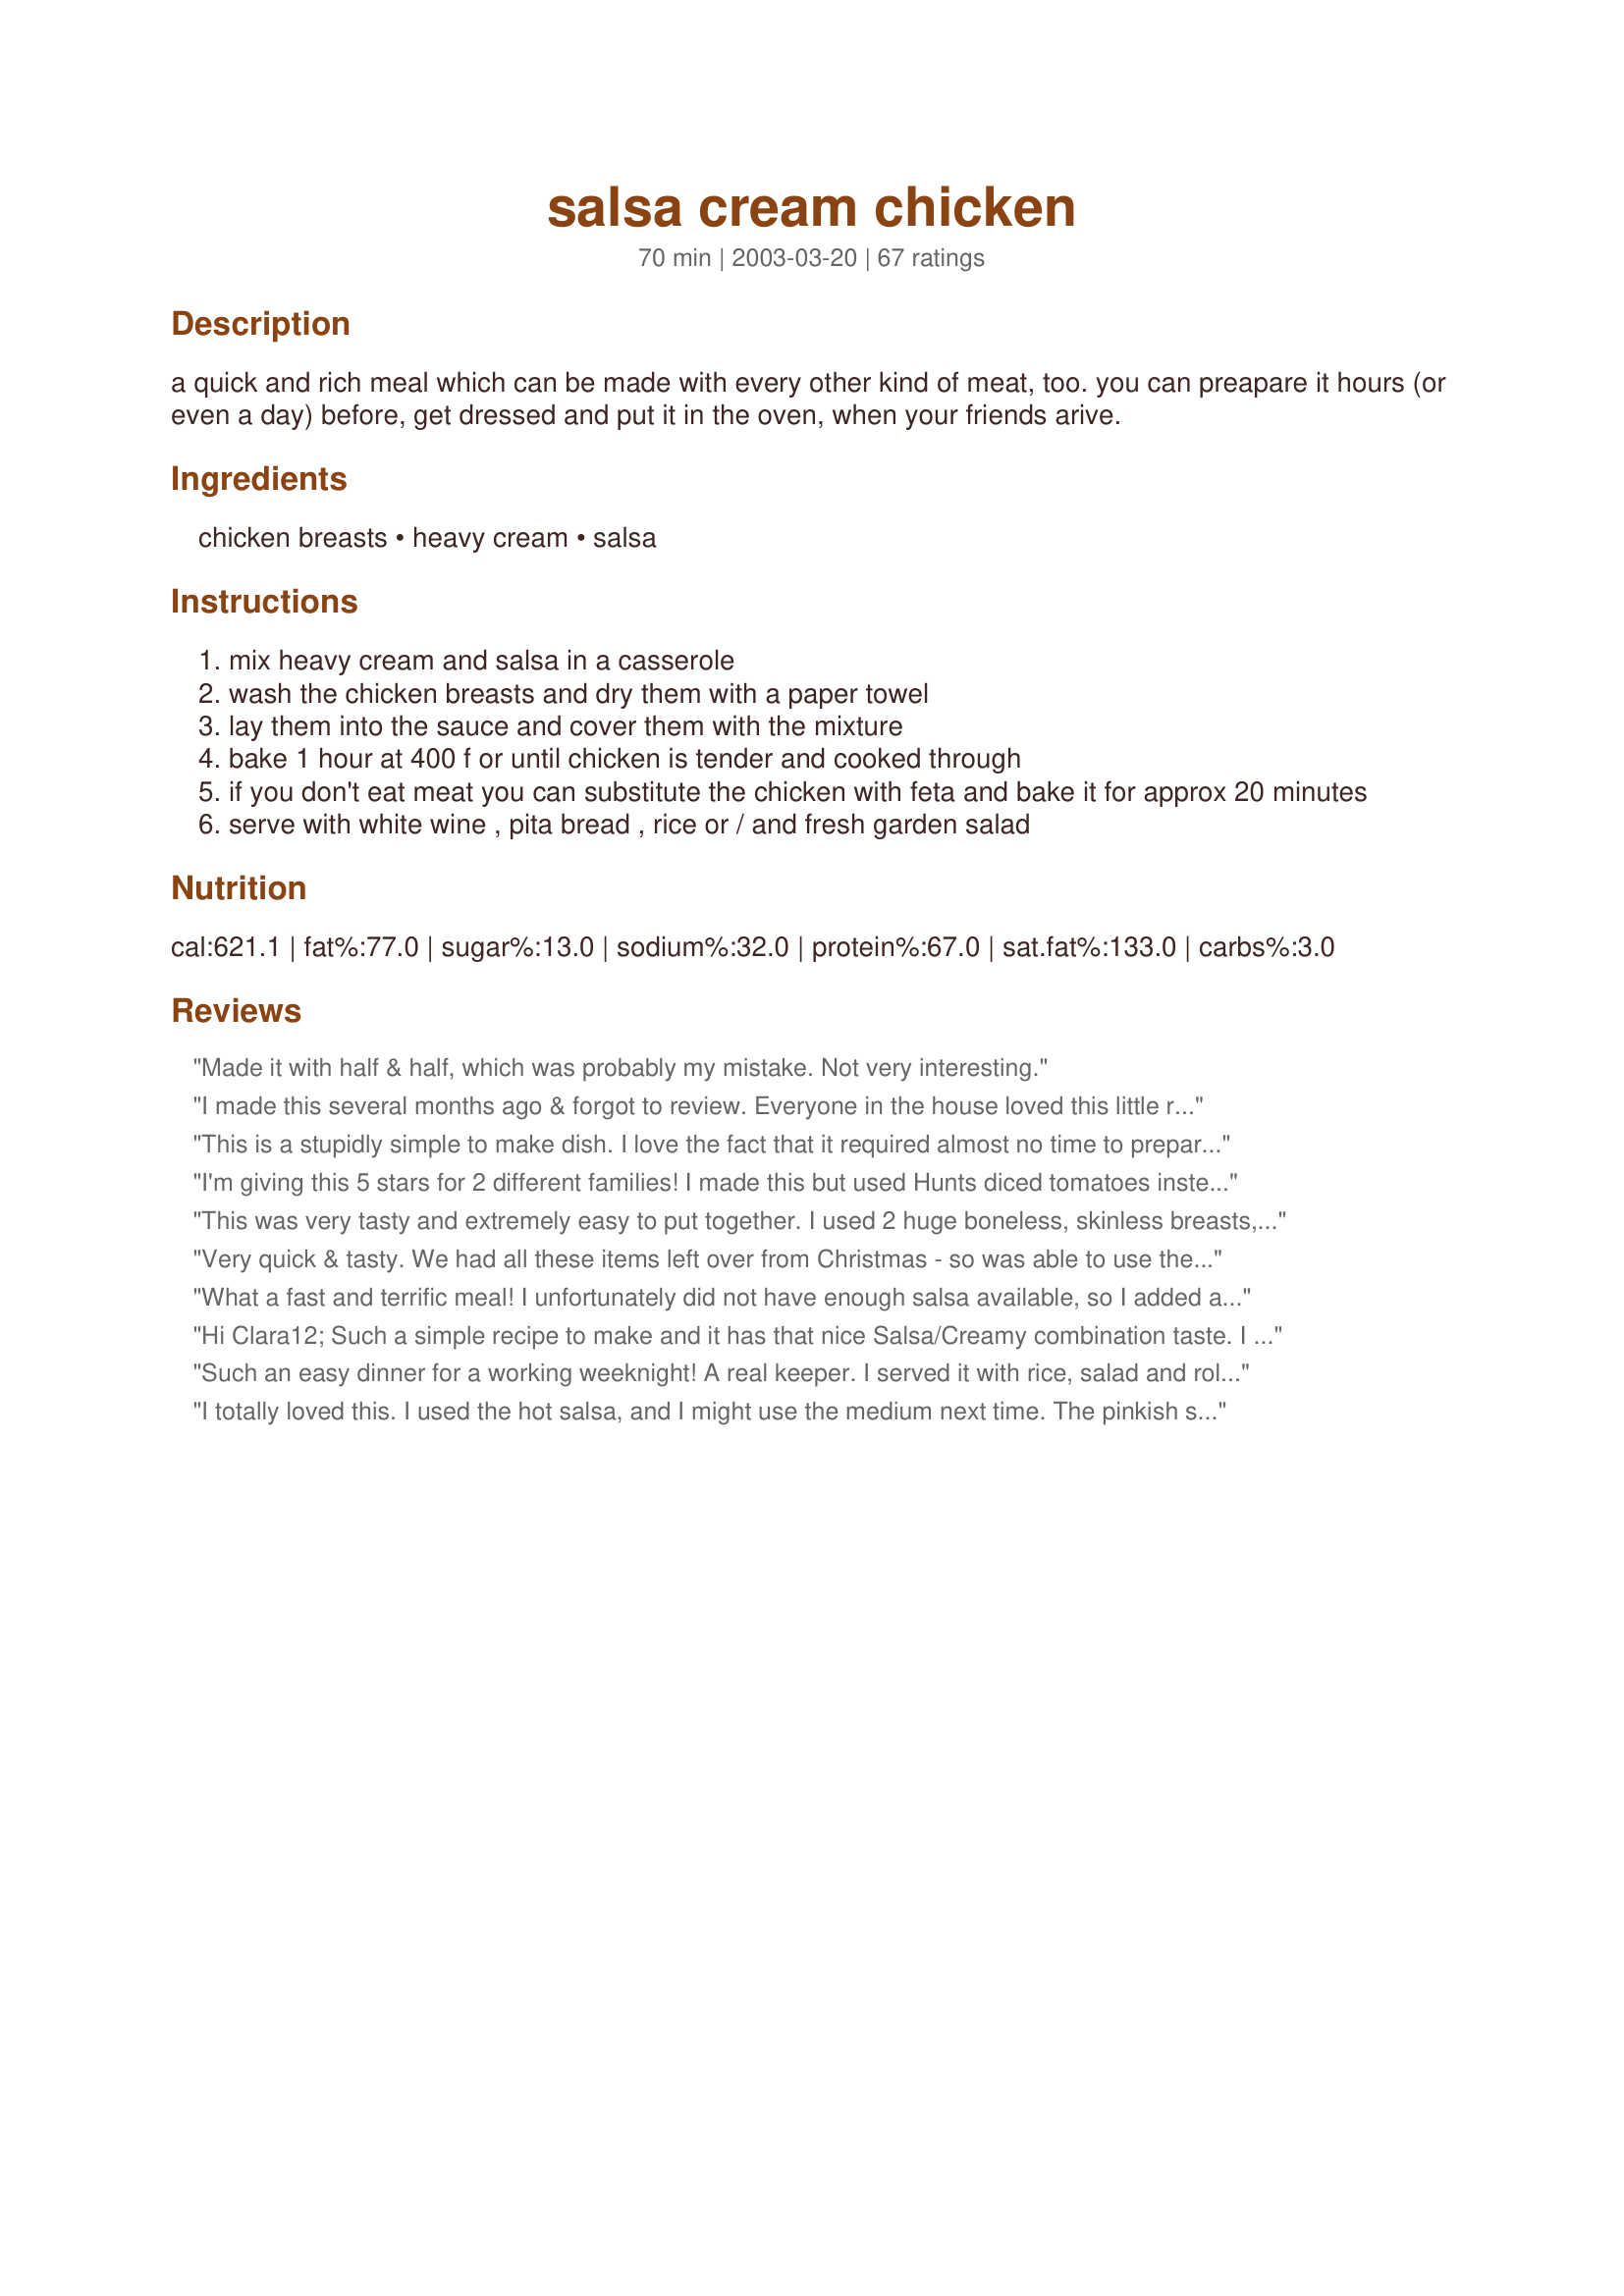
salsa cream chicken
Preparation time: 70 minutes

a quick and rich meal which can be made with every other kind of meat, too. you can preapare it hours (or even a day) before, get dressed and put it in the oven, when your friends arive.

Ingredients:
chicken breasts, heavy cream, salsa

Steps:
mix heavy cream and salsa in a casserole
wash the chicken breasts and dry them with a paper towel
lay them into the sauce and cover them with the mixture
bake 1 hour at 400 f or until chicken is tender and cooked through
if you don't eat meat you can substitute the chicken with feta and bake it for approx 20 minutes
serve with white wine , pita bread , rice or / and fresh garden salad

Reviews:
Made it with half & half, which was probably my mistake. Not very interesting.
I made this several months ago & forgot to review. Everyone in the house loved this little recipe.
This is a stupidly simple to make dish. I love the fact that it required almost no time to prepare. All I did was to cut the chicken breasts into a few fillets and threw them into the heavy cream and homemade salsa mixture. Served with some mixed spring greens. Yum!
I'm giving this 5 stars for 2 different families! I made this but used Hunts diced tomatoes instead of salsa because I have a 5 year old who doesn't like peppers of any kind or spicy foods. I also sprinkled the chicken with alot of garlic powder before I put it in the sauce and added a tablespoon or 2 of dried parsley to the sauce. I served it over spiral pasta with a bunch of romano cheese sprinkled on top and my family LOVED this. It was really great and my goodness, what could be easier?!?! My sauce was NOT too thin- it was perfect to put over pasta or rice and my cooking time was 1 hour. My best friend made this exactly as written and her VERY PICKY husband and 3 grown sons loved this and they all gave it 5 stars. She's going to dredge the chicken in bread crumbs next time because she thinks that will be even better! Thank you, Clara12 for a super easy, delicious recipe! We all loved it. Update: I made this again and OMG it is the easiest best chicken EVER. Try it, you'll love it.
This was very tasty and extremely easy to put together. I used 2 huge boneless, skinless breasts, and the cook time was 1 hour. The breats were juicy and perfectly done. I used 1 cup each of 1/2 & 1/2 and PC chunky mild salsa, added 1 tspn chopped garlic, and black pepper. This is quite rich, and am glad i used the 1/2 and 1/2 instead of whole cream.Served with Basmati rice, but would be wonderful with pasta too.
Very quick & tasty. We had all these items left over from Christmas - so was able to use them up before the expiry date. Thanks you for sharing
What a fast and terrific meal! I unfortunately did not have enough salsa available, so I added a chopped tomato and a few large spoonfuls of asian chili garlic sauce. After the chicken breasts werer cooked, I removed them from the sauce and reduced the sauce on the stove for about 10 minutes. I served the chicken and sauce over sauteed spinach, which was a nice combo. An excellent, flexible and forgiving recipe, which is super-easy to boot!
Hi Clara12;
Such a simple recipe to make and it has that nice Salsa/Creamy combination taste. I also love experimenting to make various kinds of chicken recipes. I am recipe developer, author, publisher, distributor, promoter and the ladies gave me a title, 
"BSG"
"Uncle Bill"

Such an easy dinner for a working weeknight! A real keeper. I served it with rice, salad and rolls. Leftovers were also great the next day!

I totally loved this. I used the hot salsa, and I might use the medium next time. The pinkish sauce tastes much better than the picture does it justice. This will be one of my favorites.

I wish I could eat pasta or rice, so I'll schlurrrrrrrrrrrrrrp this delicious sauce up with the chicken, or drink it.

Thanks, Clara, for an absolutely yummy recipe.
I cooked this one tonight, it was great!!! I used a jar of salsa from the local supermarket and I feel that the next time I will add some extra tomatoes for some more flavor. Over all it was very easy to make and looked great we served with a side salad and hot read rolls. we loved it!!! Thanks Clara
THis recipe sounded so good on paper, but when I made it, I wasn't as impressed. The sauce was good, but seemed to be lacking. I did tweak it, so maybe that is the reason. I doubled the sauce recipe and used peach pineapple chipotle salsa instead of regular. Sounds good, huh. Well, I semi-covered with foil and baked for almost the full hour. I was really excited because this sounds so good. Turns out the family didn't really care for it all that much. The sauce was VERY runny and was missing something. That could be my fault somehow, but not sure. I could try adding bacon or ham to it, or tweaking with some spices, but don't think I will make it again. With as much fat as there is added with the heavy cream, the taste would have to be WAY better for me to make this regularly. Thanks for the recipe though.
This was so QUICK and EASY and GOOD! I cut my chicken into smaller pieces(in half)The chicken came out nice and tender, could cut it with a fork. I used "medium" heat fiesta style salsa and it was just right for those who dont like alot of "heat". I will use "hot" salsa though when its just for me and DH. I cooked up some plain minute rice mixed with some black beans and the sauce was great over it. This is a great QUICKFIX meal when you don't feel like spending time in the kithen.
This was great! I used what I had for leftovers, so not sure of the exact amounts of salsa & cream. With what I did, it was runny, but was DELICIOUS with rice. :)
Quick and easy.
So easy and so good. I&#039;ve made this a few times. The second time I mixed up rice and chicken broth and put that on the bottom, then added this recipe right on top of it. Worked out great and reduced cleanup!
This was terrific! I used chicken legs and thighs and doubled the sauce. I used salsa from Frontera (can't remember which one) because I only had a tiny bit of Frontera Chipotle Salsa left in the fridge. I do wish I had made it spicier but our DD hates spicy things. I'm working on her but she's only 11. I also substituted a bit of the cream for some sour cream because others said the sauce was a little thin. But what it lacked in creaminess it more than made up for in flavor.I served it with texmati rice and garnished it with a dollop of sour cream,chopped cilantro, and some of the chipotle salsa from my fridge.I can see where pasta would be very tasty as well.My husband thinks this is one of the best and we wouldn't think twice about serving this to friends or putting it together on a busy weeknight. Thanx Clara for a new favorite in our family!
So simple and very tasty. Like SloppyJoe we had this for our Sunday dinner and it was great to have dinner cooked quickly. Rather that full breast pieces we had smaller chicken pieces.
Very nice! The kids really liked this. Made with picante sauce rather than salsa and served over pasta.
My boyfriend loved this recipe....I thought it tasted better the next day...The only thing I did different was I seasoned the chicken breasts with salt, pepper and tex-mex seasoning before placing them into the baking dish
I actually made it in the crock pot, it is great.
Honestly, could it get any easier or more delicious than this? It's simple enough for weeknights, but tasty & pretty enough for guests. I served with Spanish rice, but next time will make plain so I can spoon the delicious sauce on the rice. I would prefer the sauce thicker, but I'm not complaining. I covered the chicken while it baked though it didn't say to. Perhaps it would have thickened up if I'd left it uncovered, or uncovered after 30 minutes. Anyway, this recipe is a winner!
I tried it and it was great. However, I boiled the chicken in one pot and set the sauce up in a pan. When the chicken was done I cut it into strips and put it in the sauce and let it simmer for about 15 mins. It was de-LI-cious!! I served it over a green salad and used the sauce as a "dressing". Very Atkins friendly. Very yummy!

Thanks for posting.
This is a FABULOUS recipe and soooo easy!!! I used chipotle salsa, which gave it a wonderful smoky taste. I served it over pasta. YUMMY! This is a new favorite!
Made this tonight with some chicken I had simmered in a skillet with salsa the other day. I mixed the cream and salsa in a sauce pan and let it cook for a little while, then poured it over the two chicken breasts that I had left over. I didn't have quite enough cream, so I used about 1/2 cup of half & half, with a jar of homemade salsa. Served it over rice. My very picky 2 yo son loved it. I will make it again! Update: I made this again, and this time I didn't have any heavy cream, so I used evaprated milk and cooked it as directed. I won't do it that way again. Although it tasted fine, it looked curdled. I had a hard time getting past the way it looked.
Thank you Clara12!

I ran home last night after work and threw this together before our bowling night and it was ready when we got home!

I didn't even have time to debone and deskin the chicken. I just sprinkled the taco sauce on it and put it in the crockpot, poured a jar of salsa over it, turned the pot on high and ran out the door. When I came home, the smell was wonderful!

I took a breast out, sprinkled some cheddar cheese on it and popped it in the microwave for a few seconds. Then I put a dollop of sour cream on and voila...supper!

It was SO good! Thank you!
Very easy, delicious recipe. Cooked in cast iron skillet on stove top instead of oven. Total time was about 20 min instead of the hour in the oven. If you like a very thick sauce like pictured, I would either decrease the amount of liquid or simmer longer. I used jar salsa that I had on hand, will try fresh salsa next time for more texture to sauce!
This recipe was very easy to follow, and the results were good. But, while I'm not a calorie or fat snob, I felt that the enormous cost of all those calories and fat may not have been worth the taste of the finished product. Still, it was good, but I'm wondering if it was worth it. Also, I used a good quality hot salsa that had a strong acid base - the resulting sauce tended to separate from the cream fat. If I make it again, I may try 1/2 and 1/2 and use a milder, less acid salsa.
I gave this 5 stars. I loved this recipe. It was so yummy! My 4 yrs old newphew did not like it. I used medium salsa and will next time use mild. I chopped up my chicken into bite size pieces. I did not have any heavy cream but I had Half n Half and used that. I placed the chicken and sauce over spaghetti as another reviewer did. I also sprinkled on top once plated Romano grated cheese. This was different and yummy! I will have this again. Thanks for posting! Christine (internetnut)
I don't think it can get any simpler than this. Family loved it, chicken was tender, and I used up the last of three different jars of salsa. Thanks for sharing!
Mmmmm. This would have to be one of my favorites from Zaar. Really tasty and really easy. What more could you want? I will be making this often buy request from my husband. Cant wait to try it on friends.
I can't believe there is only 3 ingredients . . . what a wonderful dinner!! So easy too.
Awesome recipe and so easy to make. I used chicken parts instead and only used 1 cup each of salsa (Pace medium) and heavy cream. Had to add a little cornstarch towards the end as the sauce was a little thin for me. A definate keeper. Thanks.
This is very easy. Children and adults all agreed that it was yummy! We followed the suggestions and used 2/3 c. medium chipotle salsa and 1 c. mild regular salsa -- which had a nice flavor and was spicy enough for everyone. We served it with polenta. It doesn't get easier than this.
I made this tonight for dinner and it was just the sort of thing I like to cook. You just throw it all in a dish, put it in the oven and forget it. Best of all though it was a lovely meal. The chicken turned out so tender I was able to cut it with my fork and the sauce was so good I wanted to lick the bowl clean. I can wait for lunch tomorrow to have the left overs. I will definately be making this one again soon. Thanks Clara for a great recipe.
Wow, yummy! I was a little bored with chicken so chose to cook feta instead. I prepared my own salsa - for a first time, btw:) - dish was divine!!
Yum......with 1 2/3 cup cream, I thought the fat content was on the high side.... I used a little over a cup of cream style corn, then the rest cream, medium salsa, added cumin and cilantro. I did have to thicken the sauce with a little potato starch.... This is a keeper.
This is a keeper! Made this for a dinner party and everyone went back for seconds. Couldn't be easier! I lined my casserole dish with some lightly boiled pastaand places sauce and chicken on top. I served with some extra sauce on the side with some cornstarch added for thickness.
This was very tasty and couldn't be easier to prepare. Served it with recipe#164687.
First couple bites were very good, then got annoying. Sauce is super thin and the chicken breasts maybe should have been seared first or something. Needs more flavor depth.......
This was very good served over angel hair and a side of steamed broccoli. Thanks!
Er-mer-gerd! This was absolutely fantastic!!!!! Hands down one of the best things I&#039;ve ever made or tasted. It felt like I ordered gourmet chicken at a fancy restaurant.The only thing that I adapted was the spice. I was only able to get medium salsa, so I threw in some crushed red pepper flakes and one or two tsps of hot Mexican chili powder. My husband loves spicy food. So so good and super easy. I served it with some refried beans and Spanish rice. Delish!!!!!! Love, love, love this chicken recipe.
oh my GOSH, YUM! super easy, inexpensive and the SMELL while it's cooking is to DIE for! here are the minor "tweakings" that I did.

First of all, to save everyone else having to find a metric conversion chart, 400ml=roughly 2c. I used a whole fryer chicken (about 4 pounds). With that I doubled the sauce recipe: I used 2 c. medium salsa, 2 c. mild salsa and 3 chopped chipolte peppers. along with 2 c. heavy/whipping cream and a 16 oz. container of sour cream (which seemed to make the consistency just right for serving over pasta). I baked in 400 degree oven for 40 minutes. AWESOME! thanks for sharing.
Really great! Something nice to change up the normal chicken we always have! Cooked according to recipe and used Pace Picante Salsa. Thanks for the great recipe!
This is DH's favorite meal in the world. We use a Chipotle Salsa for a wonderful smokey flavor and either use chicken tenders or cut the chicken breasts into strips before baking for easier serving (this also reduces baking time). Wonderful and I can't recommend it enough!
Very fast, very good, great sauce for dipping. I used low fat creme fraiche, and it was perfect. Took the skin off the chicken too to cut down on fat. The salsa is healthy, so that was no problem. Will DEFINITELY make again!!
This was pretty good! I had some salsa that I needed to use up so thought I would try it.
Chicken breast is extremely expensive where I live so I don't think it was good enough that I would use the breast for it again, I have many other tastier ways I would rather stick with. 
But it still made a good and extremely easy dinner.
Yummy!! This had great flavor and the chicken was so moist. I did remove the chicken and added a little bit of cornstarch to thicken the sauce. I made rice and served the chicken and sauce over it. I also served cornbread on the side. I'll make this again for sure.
I don&#039;t have too much of a problem with the thickness of the sauce, nor with overcooking at 400 degrees for 1 hour.&lt;br/&gt;&lt;br/&gt;I use 4 very large chicken breasts that I usually have to overlap a bit in the pan (I use a ceramic Le Creuset Heritage 2 1/2 qt. Rectangular Dish). On top of the salsa (half medium and half hot Chunky Pace Picante Sauce) and heavy cream I add quite a bit of black pepper, a bit of white pepper, and some tabasco sauce (adds a good flavor and kick). I then let it marinate for 1-1.5 hours flipping the chicken breasts 4 times or so during the process. I then bake it at 400 for 1 hour (as the directions call for) with the chicken breasts completely submerged in the sauce. I do not cover it when baking, which probably helps it thicken as well.&lt;br/&gt;&lt;br/&gt;After baking, if the sauce is still a bit thin, I will set the chicken breasts aside and simmer the sauce in a skillet for a little while. I think I&#039;ve added corn starch to it once, but usually simmering it for a while is enough to reduce it to my liking. Simmering it reduces it further and intensifies the flavors. This isn&#039;t always necessary, but never hurts.
The flavor and idea of this is SO great. Simple for a busy weeknight and great over rice! However, I think I will pan fry my chicken first next time then bake it for less... because it came out a little dry for me. Thank you for this recipe!!
Wow! Very impressive and yet so simple. I did use hot salsa and add 1 pckg of taco seasoning to the salsa/cream mixture. Very tasty.
Updating, since he had this again. This time I used sour cream and it was just fabulous!
A big hit with my husband! We wanted a quick easy recipe for dinner and this was perfect. The chicken was very moist and flavorful. I'll make this again and reserve some salsa to top the chicken with when serving (just to make it look nice). As another reviewer mentioned, the sauce could be a bit thicker, and I'll try heating the sauce with a bit of cornstarch before serving. Thanks for a gem!
This is incredibly good for the simplicity of the recipe. Way better than you would think it would be. I will make this again and make it frequently. We had it with egg noodles and it was really great.
This was AWESOME. My 13 year old daughter is very picky and she had seconds. Served with white rice, salad and garlic bread. Very quick and easy weeknight meal! Thank you so much!
Delicious and very easy. Will make this again!
This was soooo good!! The sauce was delicious! I used 2c. of mild salsa & 2c. of heavy cream, used 2T. of corn starch to thicken sauce. Served on top of rigatoni pasta. Will make again, thanks for the recipe!
This made a fabulous Sunday dinner. Some weekends I don't mind spending all Sunday in the kitchen slaving over a hot stove preparing a nice, satisfying, hearty meal. Today was not one of them. This recipe met my needs for something simple yet satisfying and DH agreed. I tweaked it a little using 2 chicken breasts that I quick seared in a scant amount of olive oil and butter. Didn't have heavy cream so substitued Half and Half and reduced it and the salsa just a tad. I also sprinkled a few dashes of Chipotle Tabasco on top of the breasts before gently covering with the sauce. Because of the sear I reduced the cooking temp to 375 and the time to 45 minutes. Topped with fresh cilantro when done and served with Saffron Rice and Brocoli. The chicken was beautiful and the sauce was fantastic. Fabulous dinner and a definite keeper for busy weeknights or company!!! Thanks for posting!
This was fabuloso!
We used chicken and crumbled feta, and threw in some extra chopped onions and jalepenos. It was still surprisingly sweet, but tasty.
Served it over rice.
Thanks Clara!
I found this and read all the reviews ...almost all excellent...so I tried it and I am on the excellent and wow so simple side....I did change a few things...made my own salsa and fried up the chicken first added garlic, corn and then near the end added extra onion and green peppers...did it all on the stovetop....awesome...thanks for the great idea...
So easy and very good. I think it might be better cooked just in the salsa and then sour cream stirred into the end....but this is very good also. Note: if you use half &amp; half, youll have to thicken it a little when finished. I used ultragel.
Made it on the stove top by browning the chicken first, adding the salsa and cream, and letting it simmer briskly till the sauce was thick. Very easy. Added a couple teaspoons of dry boullion which brought out the flavors nicely. Also used mango-peach salsa. Dee-lish.
I thought this recipe was great. So easy and delicious. My family really enjoyed it. The sauce was great over rice.
I honestly don't believe any recipe can get easier than this and taste so wonderful. I used a chipolte salsa and it was delicious! My kids even loved it! The sauce this dish creates is soooo awesome! Thanks!
Great, easy recipe. I used chipotle salsa and buttermilk. A keeper, w/lots of possible variations. Thanks for posting!
Easy & very delicious. I used boneless cutlets and served over Spanish style rice. Also added a bit of shredded cheddar on top, there were no leftovers!
I guess I'm in the serious minority here, but this was a huge waste of resources- both ingredients and money. I followed EXACTLY as directed and it was a wreck. The sauce wasn't creamy, it curdled, and I had to bake for an hour and a half for the chicken to cook through. I threw out the 'sauce' and ended up just shredding the chicken breast so as not to waste them. Sorry, but this was a flop.
Yummy!! Simple and tasty!
